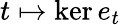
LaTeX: t\mapsto\ker e_{t}